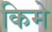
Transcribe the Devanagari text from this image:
किमे